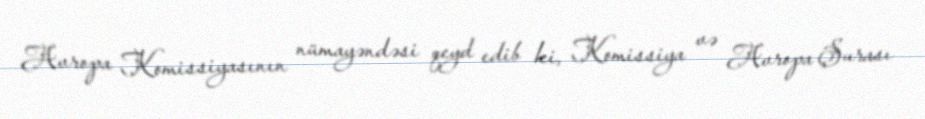
Avropa Komissiyasının nümayəndəsi qeyd edib ki, Komissiya və Avropa Şurası